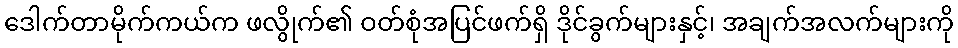
ဒေါက်တာမိုက်ကယ်က ဖလွိုက်၏ ဝတ်စုံအပြင်ဖက်ရှိ ဒိုင်ခွက်များနှင့်၊ အချက်အလက်များကို